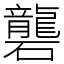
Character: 礱